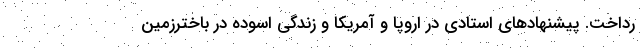
رداخت. پیشنهادهای استادی در اروپا و آمریکا و زندگی اسوده در باخترزمین